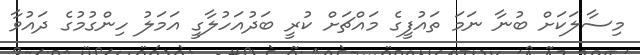
މިސާލަކަށް ބުނާ ނަމަ ތައުފީގެ މައްޗަށް ކުރީ ބަދުއަހުލާގީ އަމަލު ހިންގުމުގެ ދައުވާ